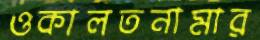
ওকালতনামার